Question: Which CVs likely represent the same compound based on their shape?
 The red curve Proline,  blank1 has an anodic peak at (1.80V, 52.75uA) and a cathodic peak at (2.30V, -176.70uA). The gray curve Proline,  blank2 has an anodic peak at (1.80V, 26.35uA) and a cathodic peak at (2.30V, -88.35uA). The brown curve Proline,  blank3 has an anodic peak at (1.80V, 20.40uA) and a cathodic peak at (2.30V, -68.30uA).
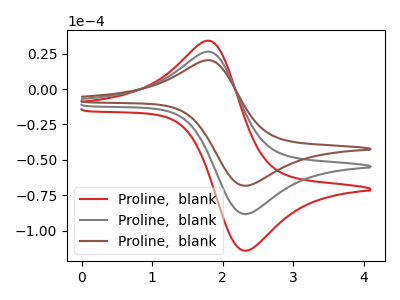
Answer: <think>All the peaks in "Proline,  blank1" have a peak in "Proline,  blank2" at the same potential. Every peak in "Proline,  blank1" is higher than every peak in "Proline,  blank2". All the peaks in "Proline,  blank1" have a peak in "Proline,  blank3" at the same potential. Every peak in "Proline,  blank1" is higher than every peak in "Proline,  blank3". All the peaks in "Proline,  blank2" have a peak in "Proline,  blank3" at the same potential. Every peak in "Proline,  blank2" is higher than every peak in "Proline,  blank3".
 </think>
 <answer>"Proline,  blank3", "Proline,  blank1" and "Proline,  blank2" have the same shape and are likely CV's of the same chemical.</answer>
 <eval>"Proline,  blank3" "Proline,  blank1" "Proline,  blank2"</eval>